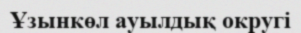
Ұзынкөл ауылдық округі